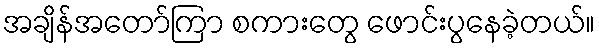
အချိန်အတော်ကြာ စကားတွေ ဖောင်းပွနေခဲ့တယ်။